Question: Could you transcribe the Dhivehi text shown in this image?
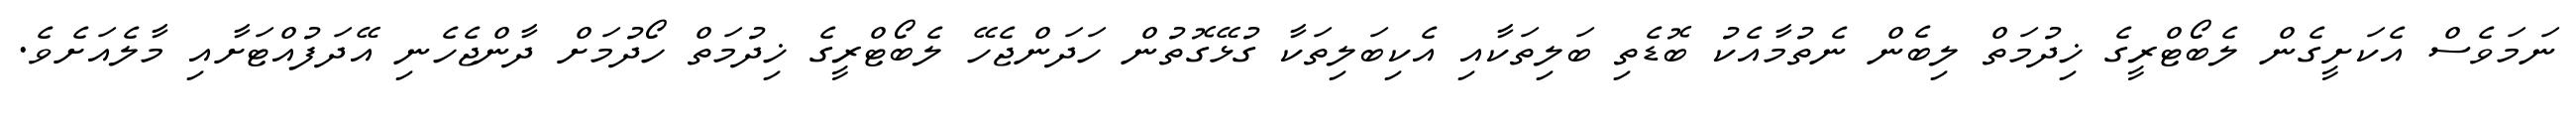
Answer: ނަމަވެސް އެކަށީގެން ލެބޯޓްރީގެ ޚިދުމަތް ލިބެން ނެތުމާއެކު ބޮޑެތި ބަލިތަކާއި އެކިބަލިތަކާ ގުޅޭގޮތުން ހަދަންޖެހޭ ލެބޯޓްރީގެ ޚިދުމަތް ހޯދުމަށް ދާންޖެހެނި އޭދަފުއްޓަށާއި މާލެއަށެވެ.